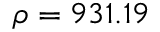
\rho = 9 3 1 . 1 9